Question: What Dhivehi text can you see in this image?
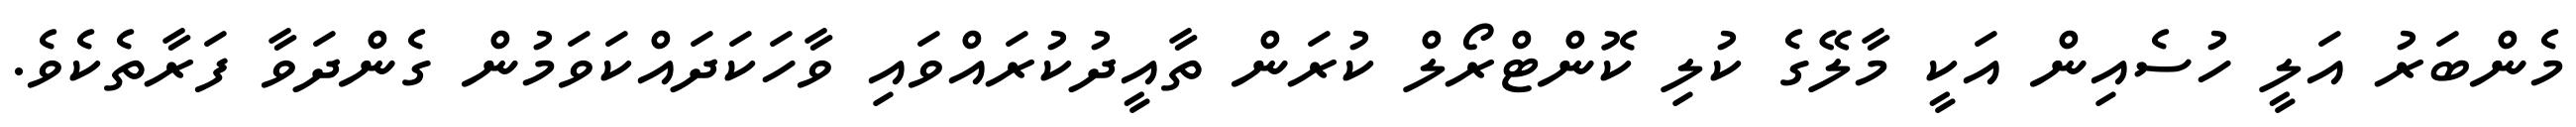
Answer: މެންބަރު އަލީ ހުސެއިން އަކީ މާލޭގެ ކުލި ކޮންޓްރޯލް ކުރަން ތާއީދުކުރައްވައި ވާހަކަދައްކަވަމުން ގެންދަވާ ފަރާތެކެވެ.